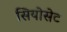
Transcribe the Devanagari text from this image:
सियोसेट